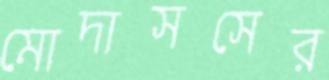
মোদাসসের